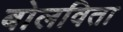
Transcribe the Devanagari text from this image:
बोलविता